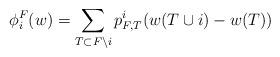
LaTeX: \begin{align*}\phi_i^F(w)=\sum_{T\subset F\setminus i} p^i_{F, T} (w(T\cup i)-w(T))\end{align*}